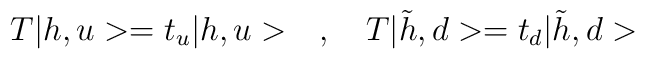
T|h,u> = t_u|h,u> \quad , \quad T|\tilde h,d> = t_d|\tilde h,d>